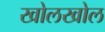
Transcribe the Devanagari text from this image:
खोलखोल